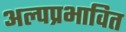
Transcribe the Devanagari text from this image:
अल्पप्रभावित